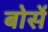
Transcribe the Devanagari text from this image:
बोर्से